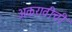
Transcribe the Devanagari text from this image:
अकरावीची